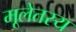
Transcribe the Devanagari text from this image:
मूलेतस्य